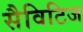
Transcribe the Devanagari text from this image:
सैविटिज